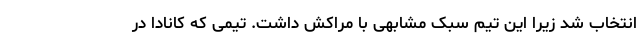
انتخاب شد زیرا این تیم سبک مشابهی با مراکش داشت. تیمی که کانادا در